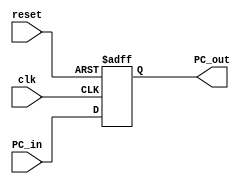
module program_counter(
input [63:0] PC_in,
input clk, reset,
output reg[63:0] PC_out
);
always @(posedge clk or posedge reset)
begin
if (reset)
begin
PC_out = 0;
end
else
begin
PC_out =PC_in;
end
end
endmodule